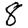
Digit: 8